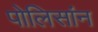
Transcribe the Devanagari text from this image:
पोलिसांन